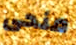
منحى